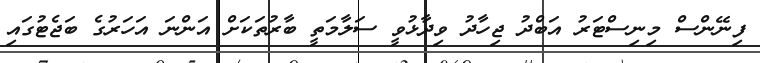
ފިނޭންސް މިނިސްޓަރު އަބްދު ޖިހާދު ވިދާޅުވީ ސަލާމަތީ ބާރުތަކަށް އަންނަ އަހަރުގެ ބަޖެޓުގައި